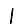
Digit: 1